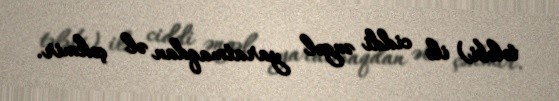
tələbi) ilə ciddi əngəl yaratmaqdan əl çəkmir.